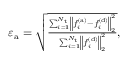
\begin{array} { r } { \varepsilon _ { \mathrm { a } } = \sqrt { \frac { \sum _ { i = 1 } ^ { N _ { \mathrm { t } } } \left\| f _ { i } ^ { \mathrm { ( a ) } } - f _ { i } ^ { \mathrm { ( d ) } } \right\| _ { 2 } ^ { 2 } } { \sum _ { i = 1 } ^ { N _ { \mathrm { t } } } \left\| f _ { i } ^ { \mathrm { ( d ) } } \right\| _ { 2 } ^ { 2 } } } , } \end{array}